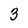
Character: 3